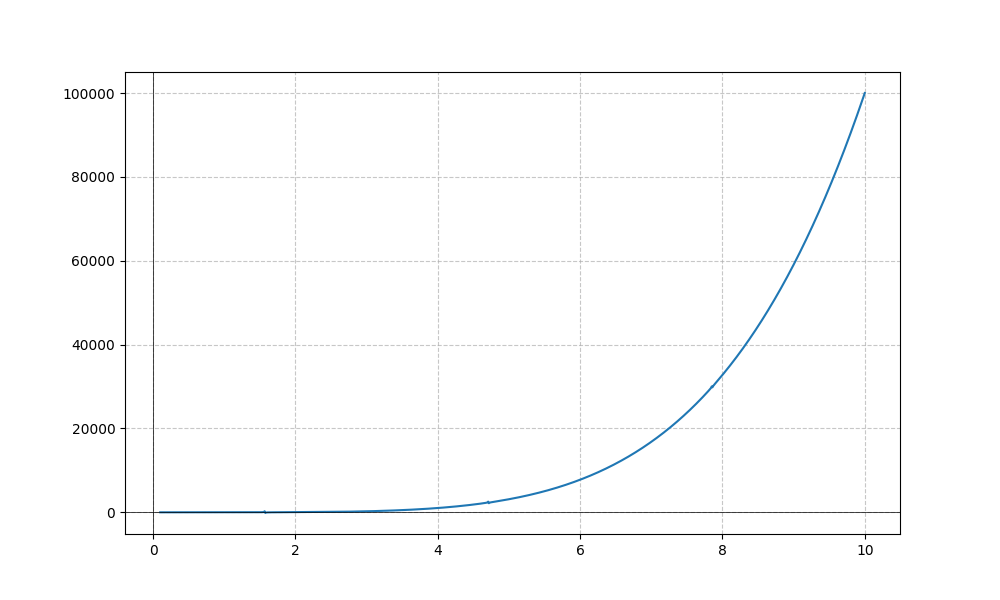
LaTeX formula: x^{5} + \tan{\left(x \right)}